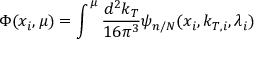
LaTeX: \Phi ( x _ { i } , \mu ) = \int ^ { \mu } { \frac { d ^ { 2 } k _ { T } } { 1 6 \pi ^ { 3 } } } \psi _ { n / N } ( x _ { i } , k _ { T , i } , \lambda _ { i } )